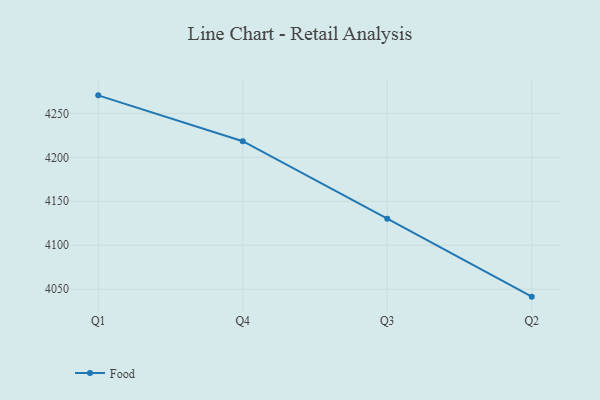
{"axis": {"x": "Quarter", "y": "Churn Rate (%)"}, "legend": ["Food"], "data": [{"x": "Q1", "y": 4270.5, "type": "Food"}, {"x": "Q4", "y": 4218.3, "type": "Food"}, {"x": "Q3", "y": 4130.2, "type": "Food"}, {"x": "Q2", "y": 4041.5, "type": "Food"}]}